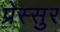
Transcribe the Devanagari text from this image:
प्रेस्सुर